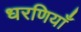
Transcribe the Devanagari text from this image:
धरणियाँ